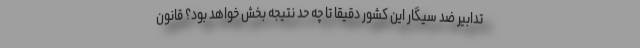
تدابیر ضد سیگار این کشور دقیقا تا چه حد نتیجه بخش خواهد بود؟ قانون